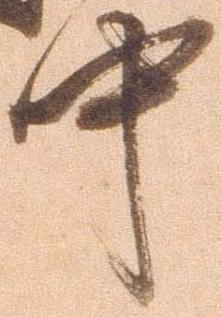
中